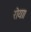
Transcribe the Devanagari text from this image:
रोया।